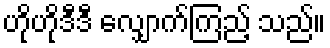
ဟိုဟိုဒီဒီ လျှောက်ကြည့် သည်။